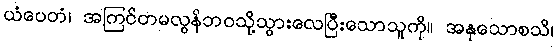
ယံပေတံ၊ အကြင်တမလွန်ဘဝသို့သွားလေပြီးသောသူကို။ အနုသောစသိ၊